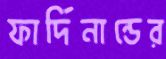
ফার্দিনান্ডের